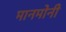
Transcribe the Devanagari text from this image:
मानमोनी